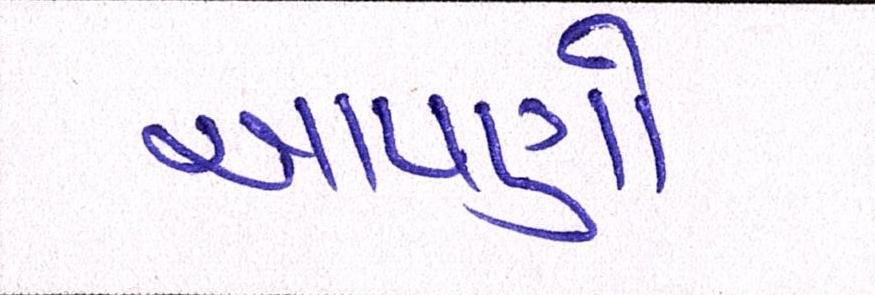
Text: આપણો